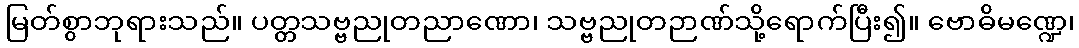
မြတ်စွာဘုရားသည်။ ပတ္တသဗ္ဗညုတညာဏော၊ သဗ္ဗညုတဉာဏ်သို့ရောက်ပြီး၍။ ဗောဓိမဏ္ဍေ၊